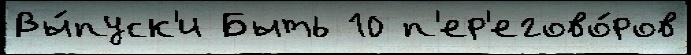
Вы́пуск'и Быть 10 п'ер'егово́ров